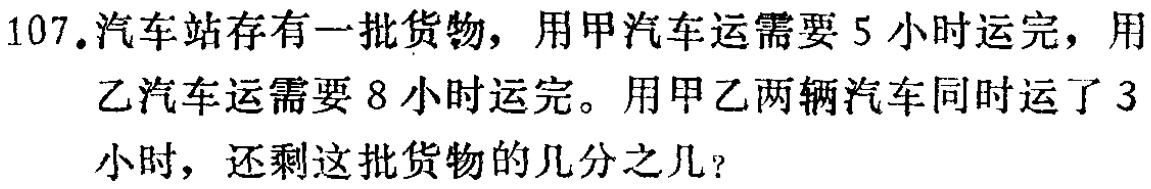
107.汽车站存有一批货物，用甲汽车运需要5小时运完，用乙汽车运需要8小时运完。用甲乙两辆汽车同时运了3小时，还剩这批货物的几分之几？